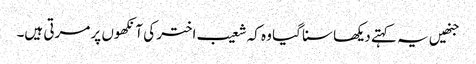
جنھیں یہ کہتے دیکھا سنا گیا وہ کہ شعیب اختر کی آنکھوں پر مرتی ہیں۔